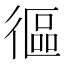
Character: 𢕓